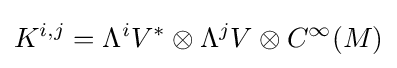
K^{i,j}=\Lambda ^{i}V^{*}\otimes \Lambda ^{j}V\otimes C^{\infty }(M)